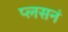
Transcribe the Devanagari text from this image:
प्लसनं